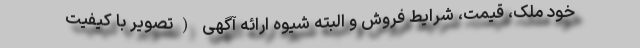
خود ملک، قیمت، شرایط فروش و البته شیوه ارائه آگهی (تصویر با کیفیت